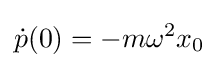
{\dot {p}}(0)=-m\omega ^{2}x_{0}